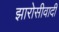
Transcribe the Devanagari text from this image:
झारोसीवादी